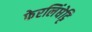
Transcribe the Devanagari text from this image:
फेरलिंघेट्टि